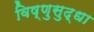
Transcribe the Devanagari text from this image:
विष्णुसुद्धा